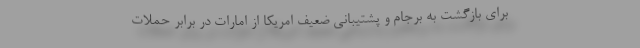
برای بازگشت به برجام و پشتیبانی ضعیف امریکا از امارات در برابر حملات